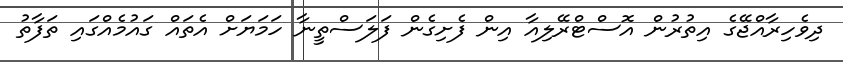
ދިވެހިރާއްޖޭގެ އިތުރުން އޮސްޓްރޭލިއާ އިން ފެށިގެން ފަލަސްތީނާ ހަމަޔަށް އެތައް ގައުމެއްގައި ތަފާތު